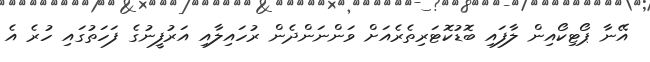
އޭނާ ޕޯޓިކޯއިން ލާފައި ބޮޑުކޮޓަރިތެރެއަށް ވަންނަންދެން ރުހައިލާއި އަރުފީނުގެ ފަހަތުގައި ހުރެ އެ